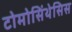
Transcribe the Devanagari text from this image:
टोमोसिंथेसिस